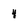
Character: 4